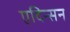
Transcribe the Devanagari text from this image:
एदिन्सन